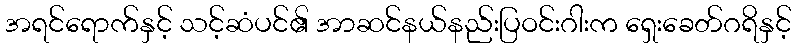
အရင်ရောက်နှင့် သင့်ဆံပင်၏ အာဆင်နယ်နည်းပြဝင်းဂါးက ရှေးခေတ်ဂရိနှင့်